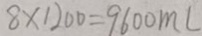
8 \times 1 2 0 0 = 9 6 0 0 m l